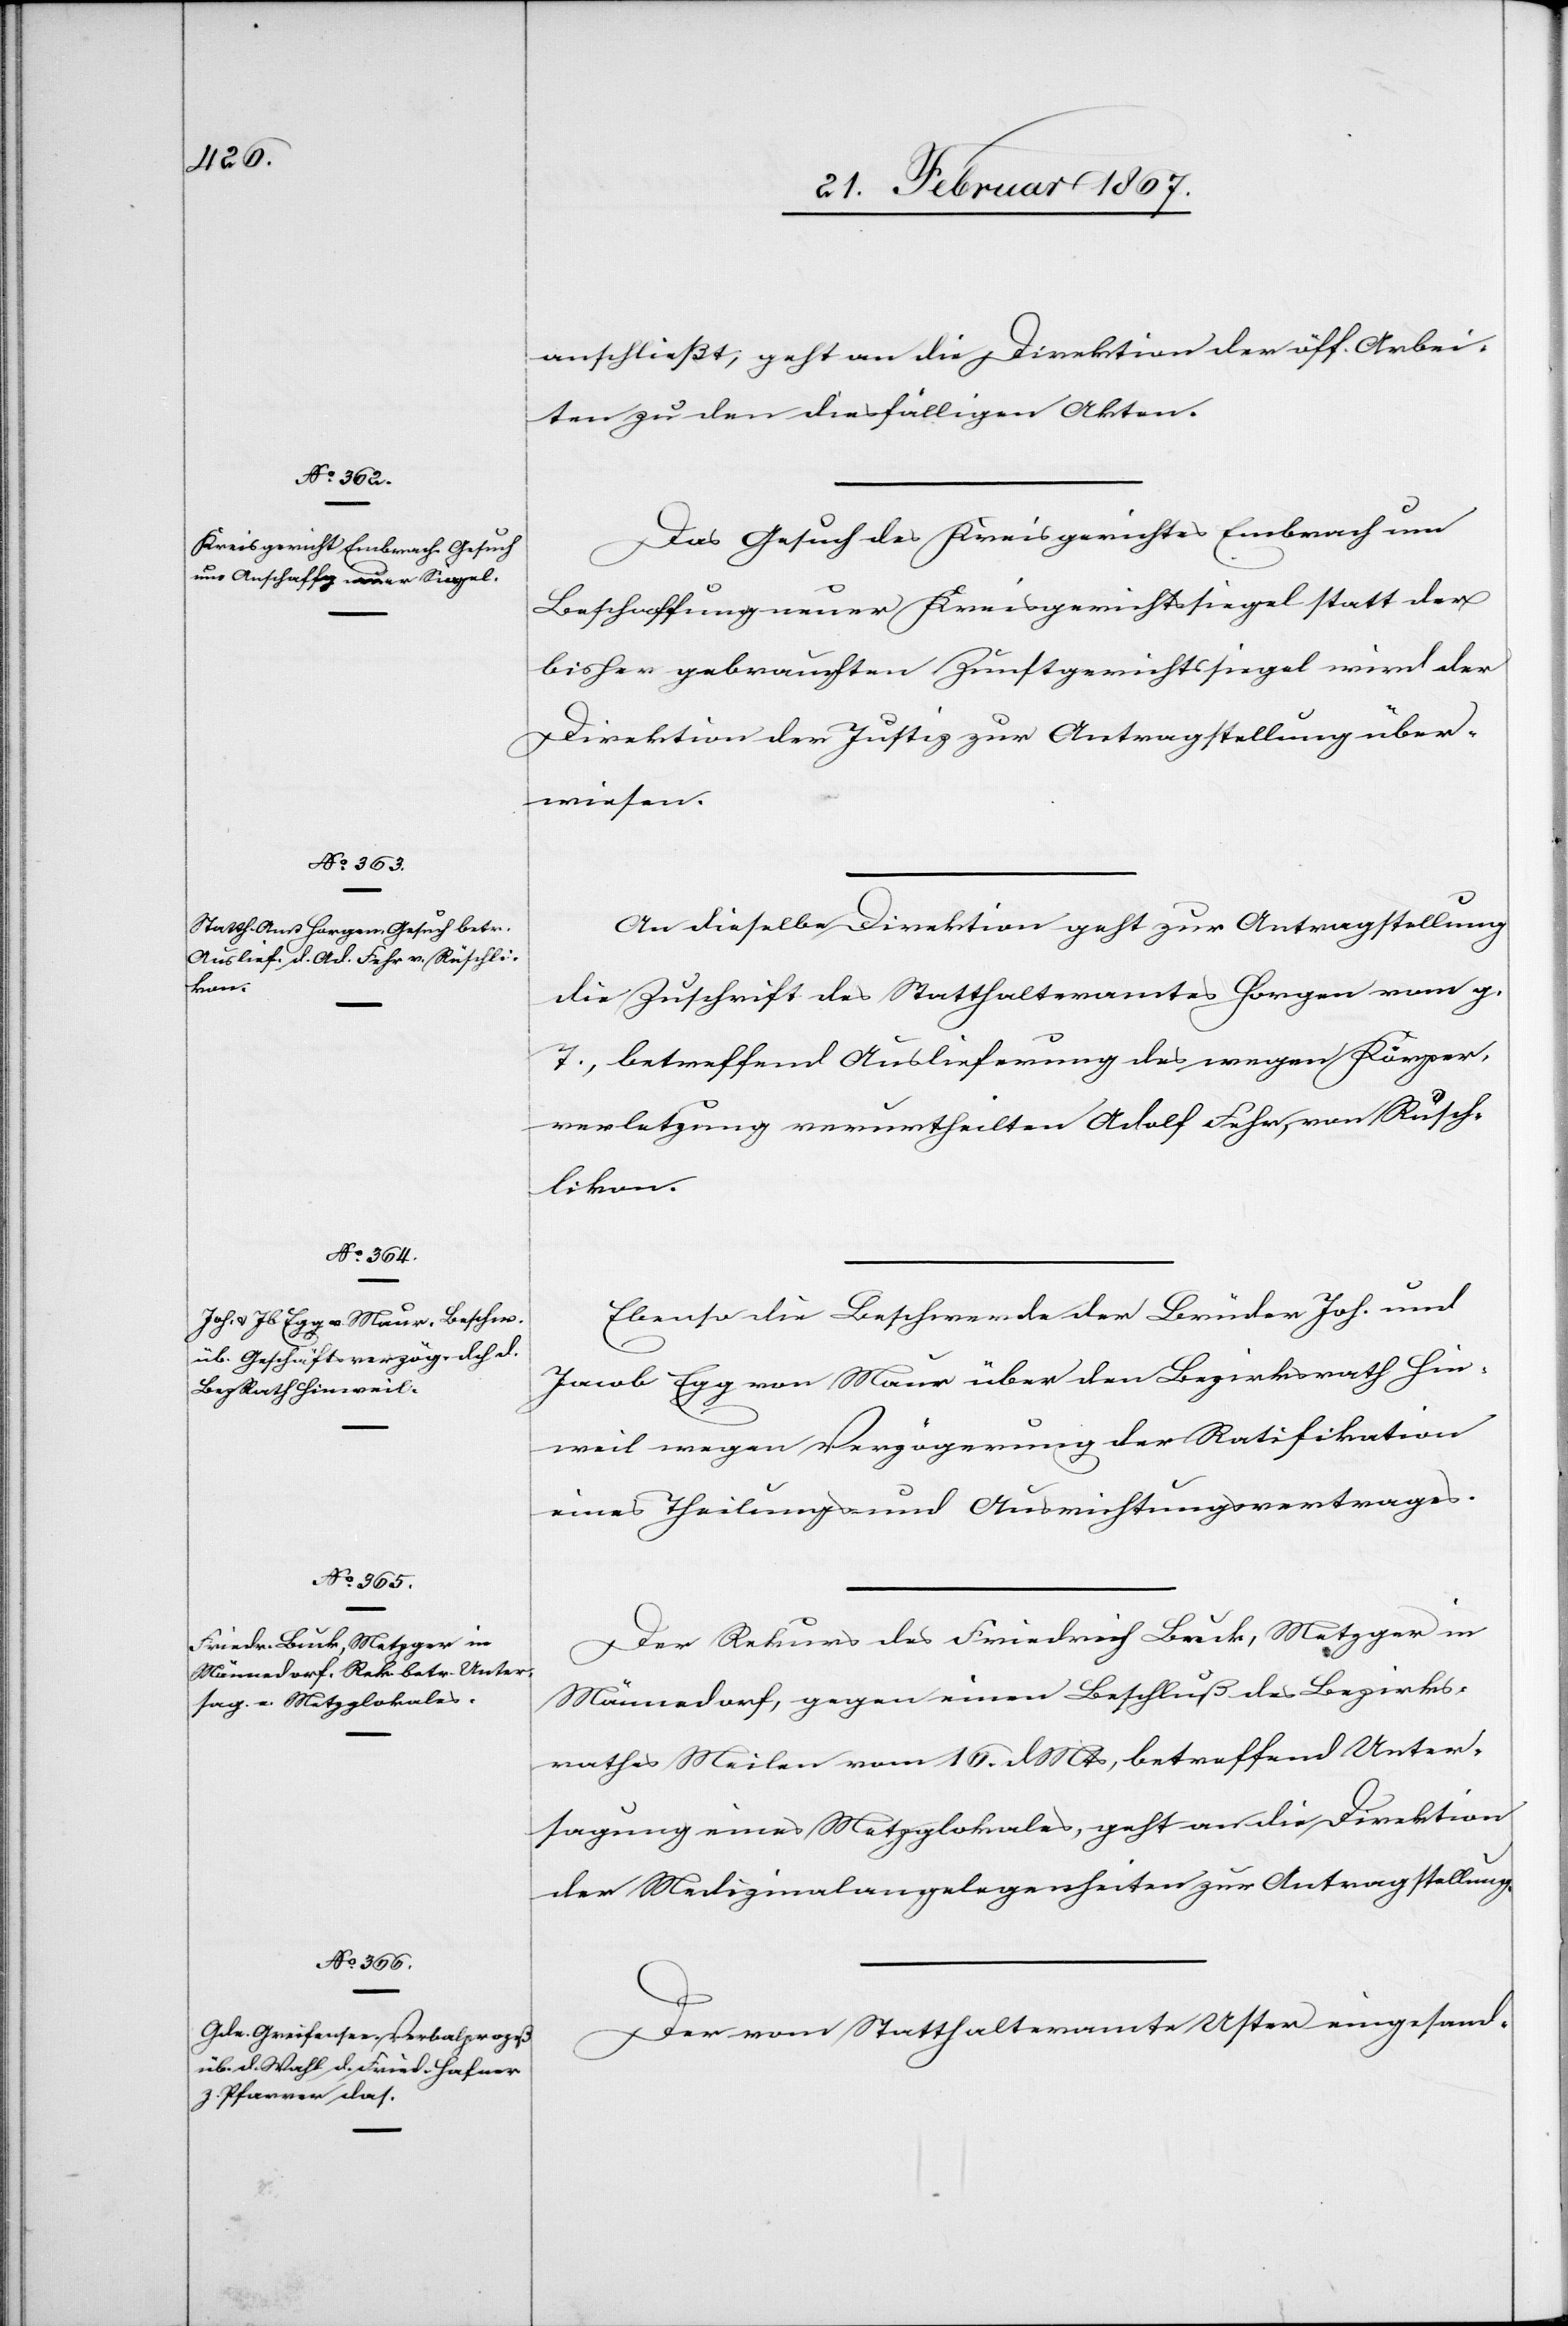
22. Februar 1867.]
anschließt, geht an die Direktion der öff. Arbei¬
ten zu den diesfälligen Akten.
Das Gesuch des Kreisgerichtes Embrach um
Beschaffung neuer Kreisgerichtssiegel statt der
bisher gebrauchten Zunftgerichtssiegel wird der
Direktion der Justiz zur Antragstellung über¬
wiesen.
An dieselbe Direktion geht zur Antragstellung
die Zuschrift des Statthalteramtes Horgen vom g.
T., betreffend Auslieferung des wegen Körper¬
verletzung verurtheilten Adolf Fehr, von Rüsch¬
likon.
Ebenso die Beschwerde der Brüder Joh. und
Jacob Egg von Maur über den Bezirksrath Hin¬
weil wegen Verzögerung der Ratifikation
eines Theilungs- und Ausrichtungsvertrages.
Der Rekurs des Friedrich Luck, Metzger in
Männedorf, gegen einen Beschluß des Bezirks¬
rathes Meilen vom 16. d. Mts, betreffend Unter¬
sagung eines Metzglokales, geht an die Direktion
der Medizinalangelegenheiten zur Antragstellung.
Der vom Statthalteramte Uster eingesand-